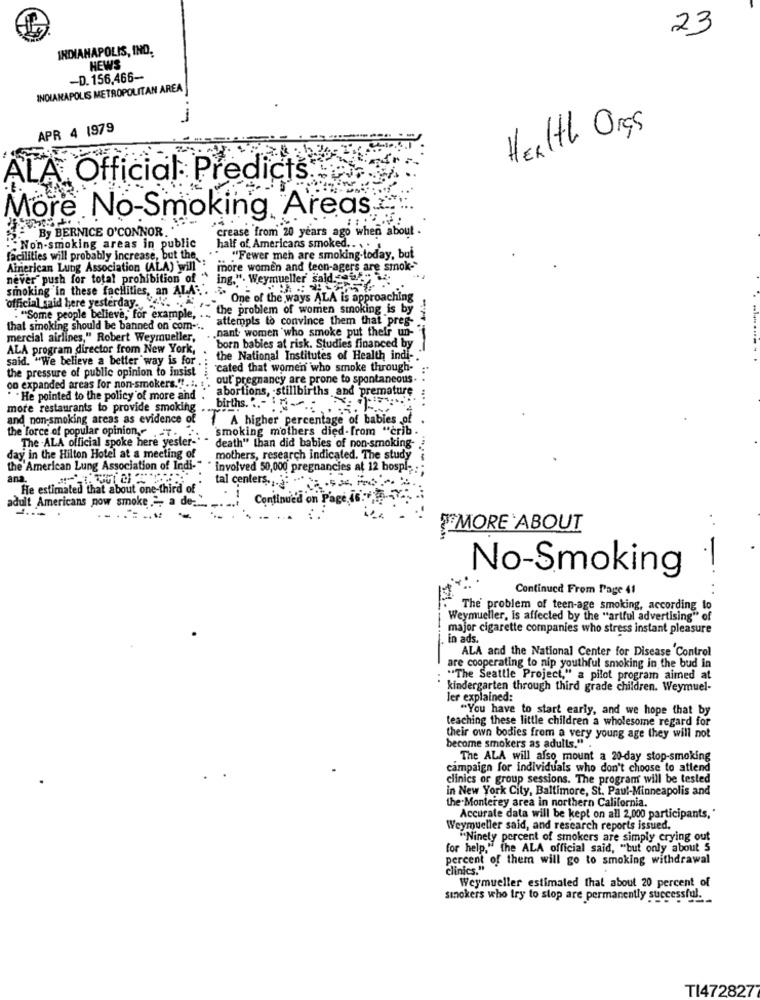
23
INDIANAPOLIS, IND.
HEWS
-D. 156.466-
INDIANAPOLIS METROPOLITAN AREA
APR 4 1979
Health Orgs
ALA. Official Predicts
More No-Smoking Areas
By BERNICE O'CONNOR."
crease from 20 years ago when about .
: Non-smoking areas in public
half of Americans smoked. -.
facilities will probably increase, but the
"Fewer men are smoking-today, but
Ainierican Lung Association (ALA) wwill";
more women and teon-agers are smok-
never" push for total prohibition of "
ing.". Weymueller' sald. seks
smoking in these facilities, an ALA:'.
*** One of the ways ALA is approaching
official said here yesterday. .. ...
the problem of women smoking is by
"Some people believe, for example, ...
attempts to convince them that preg-
that smoking should be banned on com ...
.nant women who smoke put their un-
mercial airlines," Robert Weymueller,
ALA program director from New York,
born babies at risk. Studies financed by
said. "We believe a better way is for .
the National Institutes of Health indi-
the pressure of public opinion to insist
"cated that women who smoke through-
on expanded areas for non-smokers." !.:. : ' out pregnancy are prone to spontaneous-
' abortions, stillbirths and premature
" He pointed to the policy of more and
more restaurants to provide smoking
births ...- ...
and non-smoking areas as evidence of
7 A higher percentage of babies of
smoking mothers died-from "crib.
the force of popular opinion .- T
The -ALA official spoke here yester -. -
death" than did bables of non-smoking-
day in the Hilton Hotel at a meeting of
mothers, research indicated. The study
the American Lung Association of Indi-"
involved 50,000 pregnancies at 12 bospl-
ana.
tal centers .... .
He estimated that about one-third of
adult Americans pow smoke > a de-
Continued on Page is :..
MORE ABOUT
No-Smoking !
Continued From Page 41
......
17
The problem of teen-age smoking, according to
Weymueller, Is affected by the "artful advertising" of
major cigarette companies who stress instant pleasure
in ads.
ALA and the National Center for Disease Control
are cooperating to nip youthful smoking in the bud in
""The Seattle Project," a pilot program aimed at
kindergarten through third grade children. Weymuel-
ler explained:
"You have to start early, and we hope that by
teaching these little children a wholesome regard for
their own bodies from a very young age they will not
become smokers as adults."
The ALA will also mount a 20-day stop-smoking
campaign for individuals who don't choose to attend
clinics or group sessions. The program will be tested
in New York City, Baltimore, St. Paul-Minneapolis and
the Monterey area in northern California.
Accurate data will be kept on all 2,000 participants,'
Weymueller said, and research reports issued.
"Ninety percent of smokers are simply crying out
for help," the ALA official said, "but only about 5
percent of them will go to smoking withdrawal
clinics."
Weymueller estimated that about 20 percent of
smokers who try to stop are permanently successful.
TI472827